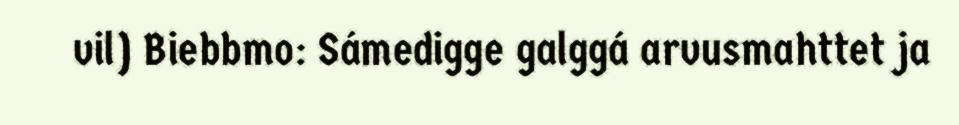
vil) Biebbmo: Sámedigge galggá arvusmahttet ja